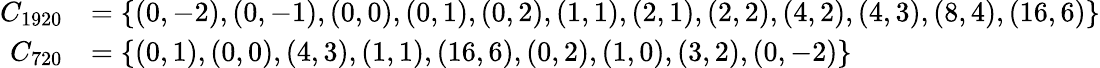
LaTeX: \begin{array}{rl}{C_{1920}}&{=\{ (0,-2),(0,-1),(0,0),(0,1),(0,2),(1,1),(2,1),(2,2),(4,2),(4,3),(8,4),(16,6)\} }\\ {C_{720}}&{=\{ (0,1),(0,0),(4,3),(1,1),(16,6),(0,2),(1,0),(3,2),(0,-2)\} }\end{array}